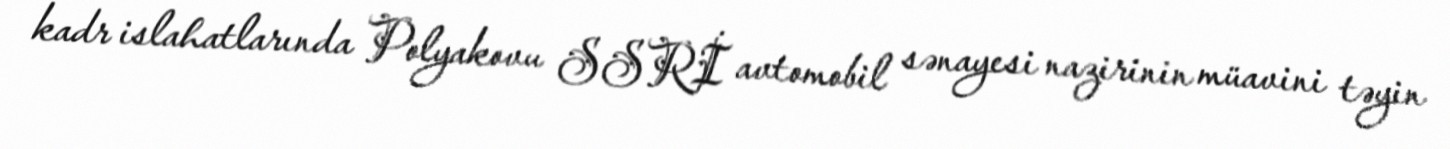
kadr islahatlarında Polyakovu SSRİ avtomobil sənayesi nazirinin müavini təyin